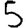
Digit: 5